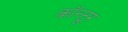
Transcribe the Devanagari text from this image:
कॉन्टूर